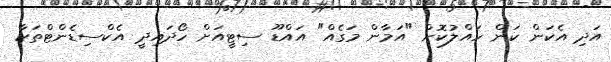
އަދި އެކަން ކަން ހައްލުކޮށް "އަމާން މަގެއް" އައްޑޫ ސިޓީއަށް ހޯދައިދީ އެކްސިޑެންޓްތަކާ